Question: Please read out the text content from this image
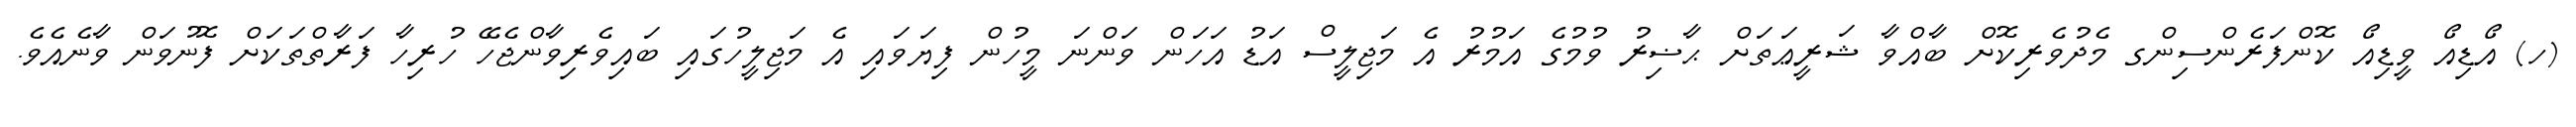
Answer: (ހ) އޯޑިއޯ ވީޑިއޯ ކޮންފަރެންސިންގ މެދުވެރިކޮށް ބާއްވާ ޝަރީޢަތަށް ޙާޟިރު ވުމުގެ އަމުރު އެ މަޖިލީސް އަޑު އަހަން ވަންނަ މީހުން ފިޔަވައި އެ މަޖިލީހުގައި ބައިވެރިވާންޖެހޭ ހުރިހާ ފަރާތްތަކަށް ފޮނުވަން ވާނެއެވެ.